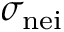
\sigma _ { \mathrm { n { e i } } }